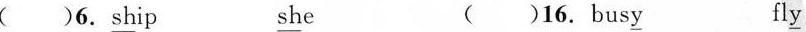
()6.\underline{sh}ip \underline{sh}e ()16.bus\underline{y} fl\underline{y}